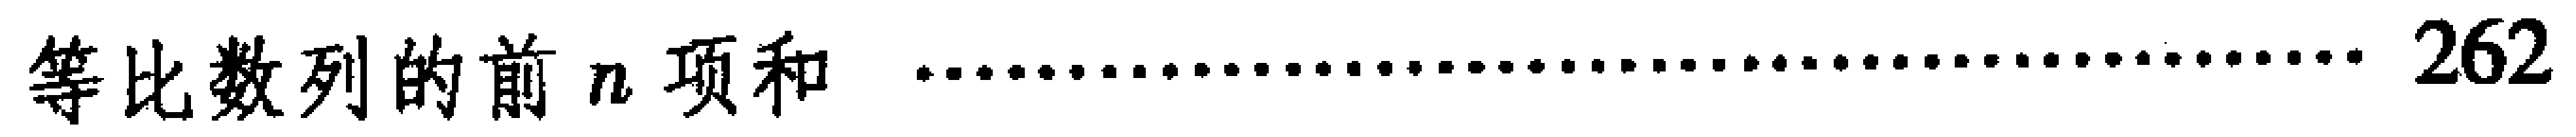
等比数列的前 \(n\) 项和 \(\cdots\cdots\cdots\cdots\cdots\cdots\cdots\cdots\cdots\cdots\cdots\cdots\cdots\cdots\cdots\cdots\cdots\cdots\cdots 262\)